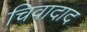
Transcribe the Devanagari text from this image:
चिवादाद